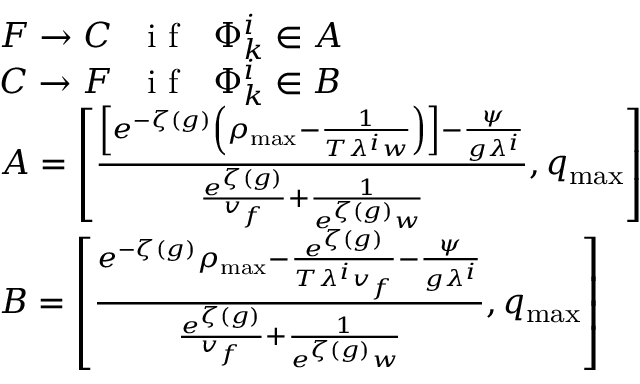
\begin{array} { r l } & { F \rightarrow C \ \ \textrm { i f } \ \ \Phi _ { k } ^ { i } \in A } \\ & { C \rightarrow F \ \ \textrm { i f } \ \ \Phi _ { k } ^ { i } \in B } \\ & { A = \left[ \frac { \left[ e ^ { - \zeta ( g ) } \left( \rho _ { \operatorname* { m a x } } - \frac { 1 } { T \lambda ^ { i } w } \right) \right] - \frac { \psi } { g \lambda ^ { i } } } { \frac { e ^ { \zeta ( g ) } } { v _ { f } } + \frac { 1 } { e ^ { \zeta ( g ) } w } } , q _ { \operatorname* { m a x } } \right] } \\ & { B = \left[ \frac { e ^ { - \zeta ( g ) } \rho _ { \operatorname* { m a x } } - \frac { e ^ { \zeta ( g ) } } { T \lambda ^ { i } v _ { f } } - \frac { \psi } { g \lambda ^ { i } } } { \frac { e ^ { \zeta ( g ) } } { v _ { f } } + \frac { 1 } { e ^ { \zeta ( g ) } w } } , q _ { \operatorname* { m a x } } \right] } \end{array}